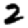
Digit: 2